Scottish Leaving Certificate Examination, 1958
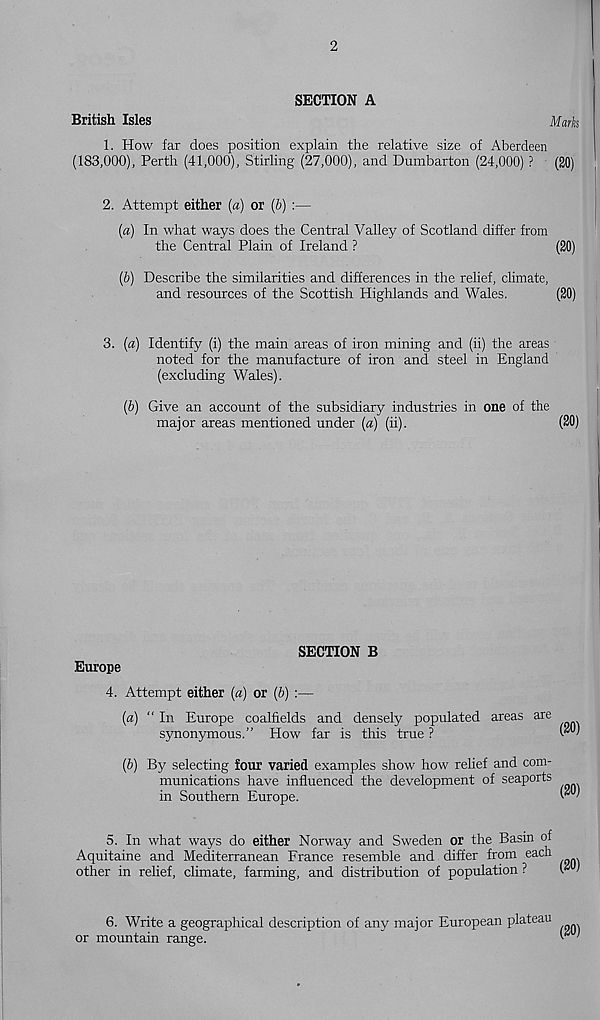
2
SECTION A
British Isles
Marks
1. How far does position explain the relative size of Aberdeen
(183,000), Perth (41,000), Stirling (27,000), and Dumbarton (24,000) ? (20)
2. Attempt either (a) or (b) :—
(a) In what ways does the Central Valley of Scotland differ from
the Central Plain of Ireland ?
(20)
(b) Describe the similarities and differences in the relief, climate,
and resources of the Scottish Highlands and Wales.
(20)
3. (a) Identify (i) the main areas of iron mining and (ii) the areas
noted for the manufacture of iron and steel in England
(excluding Wales).
(b) Give an account of the subsidiary industries in one of the
major areas mentioned under (a) (ii).
(SO)
Europe
SECTION B
4. Attempt either (a) or (b) :—
(a) “ In Europe coalfields and densely populated areas are
synonymous.” How far is this true ?
(SO)
(b) By selecting four varied examples show how rehef and com-
munications have influenced the development of seaports
in Southern Europe.
(SO)
5. In what ways do either Norway and Sweden or the Basin of
Aquitaine and Mediterranean France resemble and differ from each
other in rehef, climate, farming, and distribution of population ?
6. Write a geographical description of any major European plateau
or mountain range.
(SO)